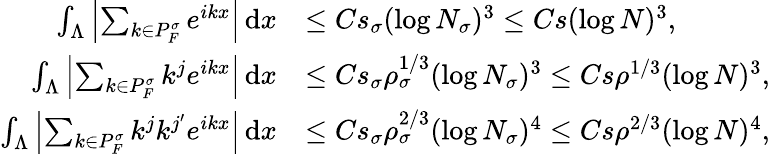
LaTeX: \begin{array}{rl}{\int_{\Lambda}\left\vert\sum_{k\in P_{F}^{\sigma}}e^{ikx}\right\vert\, \textnormal{d}x}&{\leq Cs_{\sigma}(\log N_{\sigma})^{3}\leq Cs(\log N)^{3},}\\ {\int_{\Lambda}\left\vert\sum_{k\in P_{F}^{\sigma}}k^{j}e^{ikx}\right\vert\, \textnormal{d}x}&{\leq Cs_{\sigma}\rho_{\sigma}^{1/3}(\log N_{\sigma})^{3}\leq Cs\rho^{1/3}(\log N)^{3},}\\ {\int_{\Lambda}\left\vert\sum_{k\in P_{F}^{\sigma}}k^{j}k^{j^{\prime}}e^{ikx}\right\vert\, \textnormal{d}x}&{\leq Cs_{\sigma}\rho_{\sigma}^{2/3}(\log N_{\sigma})^{4}\leq Cs\rho^{2/3}(\log N)^{4},}\end{array}